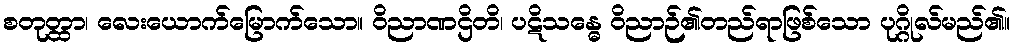
စတုတ္ထာ၊ လေးယောက်မြောက်သော။ ဝိညာဏဌိတိ၊ ပဋိသန္ဓေ ဝိညာဉ်၏တည်ရာဖြစ်သော ပုဂ္ဂိုလ်မည်၏။